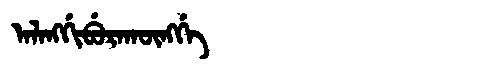
Manchu: ᠠᠯᠠᠩᡤᡳᠪᡠᡵᠠᡴᡡᠩᡤᡝ
Romanization: ALANGGIBURAKŪNGGE